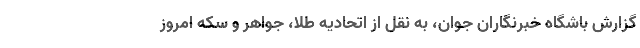
گزارش باشگاه خبرنگاران جوان، به نقل از اتحادیه طلا، جواهر و سکه امروز